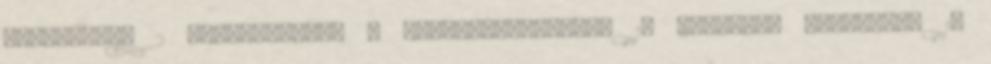
tartozékok 2 Nyomásszűrők 4 Szoborszivattyúk 10 Szökőkút szivattyú 15